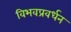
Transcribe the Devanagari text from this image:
विभवप्रवर्धन